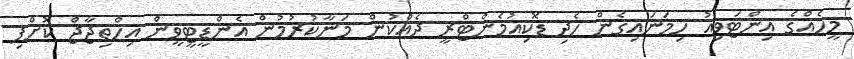
މީހެއްގެ އިންޓަވިއު ހިމަނައިގެން ހެދި ޑޮކިއުމެންޓްރީ ދެއްކުން މަނާކުރުމުން އެންޑީޓީވީން އިހްތިޖާޖް ކޮށްފި